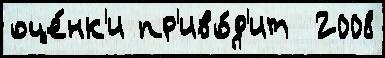
оце́нк'и пр'иво́д'ит  2008